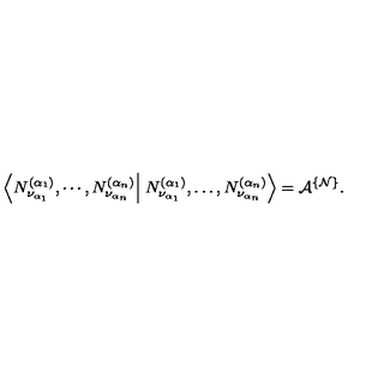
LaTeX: \left\langle N _ { \nu _ { \alpha _ { 1 } } } ^ { ( \alpha _ { 1 } ) } , \cdots , N _ { \nu _ { \alpha _ { n } } } ^ { ( \alpha _ { n } ) } \right\vert \left. N _ { \nu _ { \alpha _ { 1 } } } ^ { ( \alpha _ { 1 } ) } , \dots , N _ { \nu _ { \alpha _ { n } } } ^ { ( \alpha _ { n } ) } \right\rangle = { \cal A } ^ { \{ { \cal N } \} } .